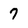
Character: 7